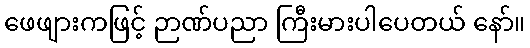
ဖေဖျားကဖြင့် ဉာဏ်ပညာ ကြီးမားပါပေတယ် နော်။